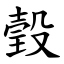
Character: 瑴